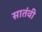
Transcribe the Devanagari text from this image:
सातंवी